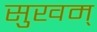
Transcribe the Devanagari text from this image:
सुखम्